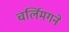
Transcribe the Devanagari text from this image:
चर्लिमगने